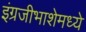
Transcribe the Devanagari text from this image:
इंग्रजीभाशेमध्ये